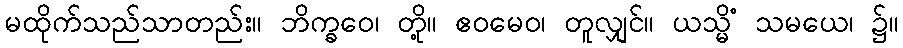
မထိုက်သည်သာတည်း။ ဘိက္ခဝေ၊ တို့။ ဧဝမေဝ၊ တူလျှင်။ ယသ္မိံ သမယေ၊ ၌။